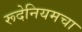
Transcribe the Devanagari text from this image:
रूदेनियमचा